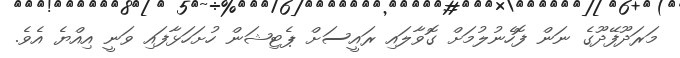
މަރަދޫފޭދޫގެ ނަން ފޮހެނުލުމަށް ގޮވާލައި ރައީސަށް ޕެޓިޝަން ހުށަހަޅާފައި ވަނީ އިއްޔެ އެވެ.